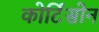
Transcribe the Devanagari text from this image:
कोर्टिसोन